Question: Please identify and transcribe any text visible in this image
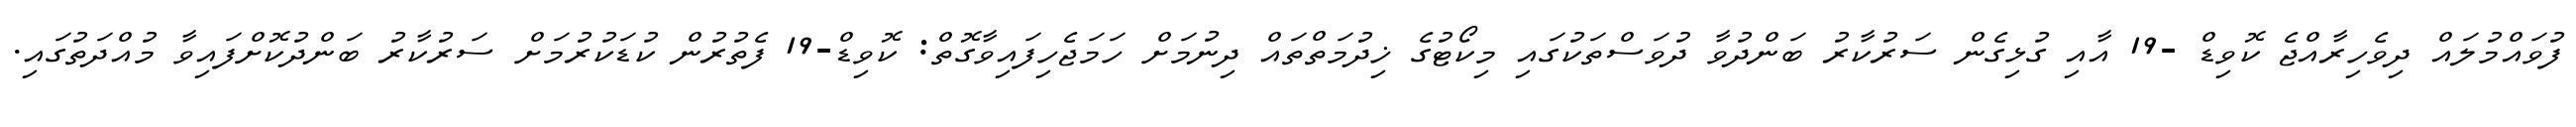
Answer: ފުވައްމުލައް ދިވެހިރާއްޖެ ކޮވިޑް -19 އާއި ގުޅިގެން ސަރުކާރު ބަންދުވާ ދުވަސްތަކުގައި މިކޯޓުގެ ޚިދުމަތްތައް ދިނުމަށް ހަމަޖެހިފައިވާގޮތް: ކޮވިޑް-19 ފެތުރުން ކުޑަކުރުމަށް ސަރުކާރު ބަންދުކޮށްފައިވާ މުއްދަތުގައި.